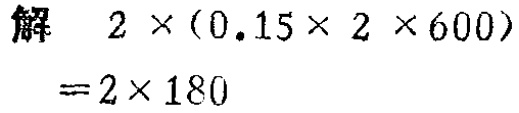
解 \(2\times(0.15\times 2\times 600)=2\times 180\)